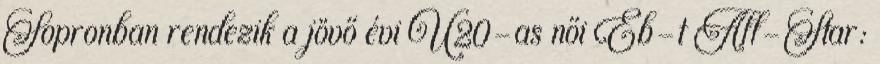
Sopronban rendezik a jövő évi U20-as női Eb-t All-Star: